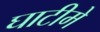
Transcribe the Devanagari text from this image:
घाटीमे